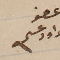
عضو داود عسى